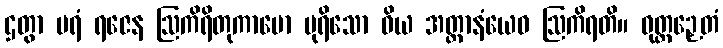
ဌတွာ ပရံ ရဇေန ဩကိရိတုကာမော ပုရိသော ဝိယ အတ္တာနံယေဝ ဩကိရတိ။ ဝုတ္တဉှေတံ